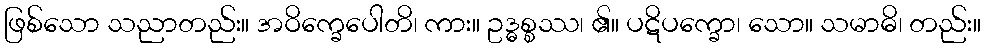
ဖြစ်သော သညာတည်း။ အဝိက္ခေပေါတိ၊ ကား။ ဥဒ္ဓစ္စဿ၊ ၏။ ပဋိပက္ခော၊ သော။ သမာဓိ၊ တည်း။